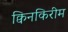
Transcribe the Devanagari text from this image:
क्विनकिरीम